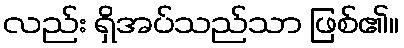
လည်း ရှိအပ်သည်သာ ဖြစ်၏။